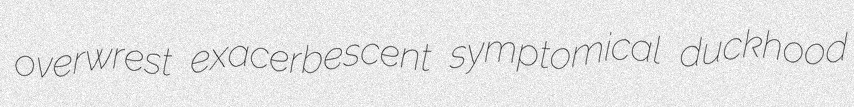
overwrest exacerbescent symptomical duckhood